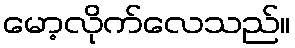
မော့လိုက်လေသည်။